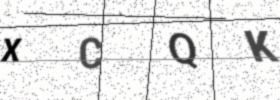
Text: XCQK